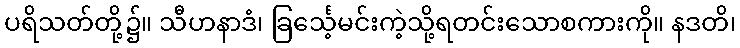
ပရိသတ်တို့၌။ သီဟနာဒံ၊ ခြင်္သေ့မင်းကဲ့သို့ရတင်းသောစကားကို။ နဒတိ၊